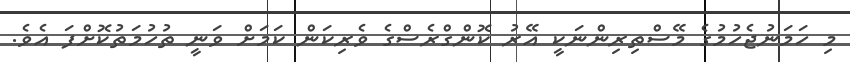
މި ހަމަނުޖެހުމުގެ މޭސްތިރިންނަކީ އޭރު ކޮންގްރެސްގެ ވެރިކަން ކަމަށް ވަނީ ތުހުމަތުކޮށްފަ އެވެ.